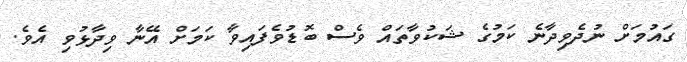
ގައުމަށް ނުދެވިދާނެ ކަމުގެ ޝަކުވާތައް ވެސް ބޮޑުވެފައިވާ ކަމަށް އޭނާ ވިދާޅުވި އެވެ.